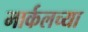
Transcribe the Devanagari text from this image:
मार्कलच्या